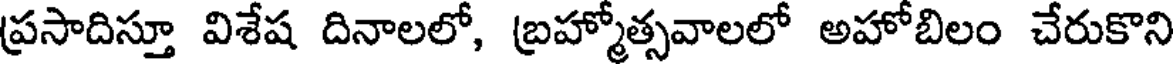
ప్రసాదిస్తూ విశేష దినాలలో, బ్రహ్మోత్సవాలలో అహోబిలం చేరుకొని